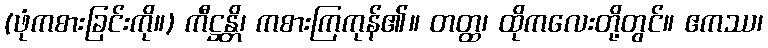
(ဖုံကစားခြင်းကို။) ကီဋ္ဌန္တိ၊ ကစားကြကုန်၏။ တတ္ထ၊ ထိုကလေးတို့တွင်။ ဧကဿ၊